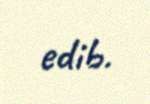
edib.